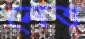
লেভ